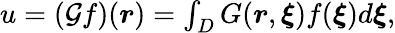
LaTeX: \begin{array}{r}{u=(\mathcal{G}f)(\boldsymbol{r})=\int_{D}G(\boldsymbol{r},\boldsymbol{\xi})f(\boldsymbol{\xi})d\boldsymbol{\xi},}\end{array}